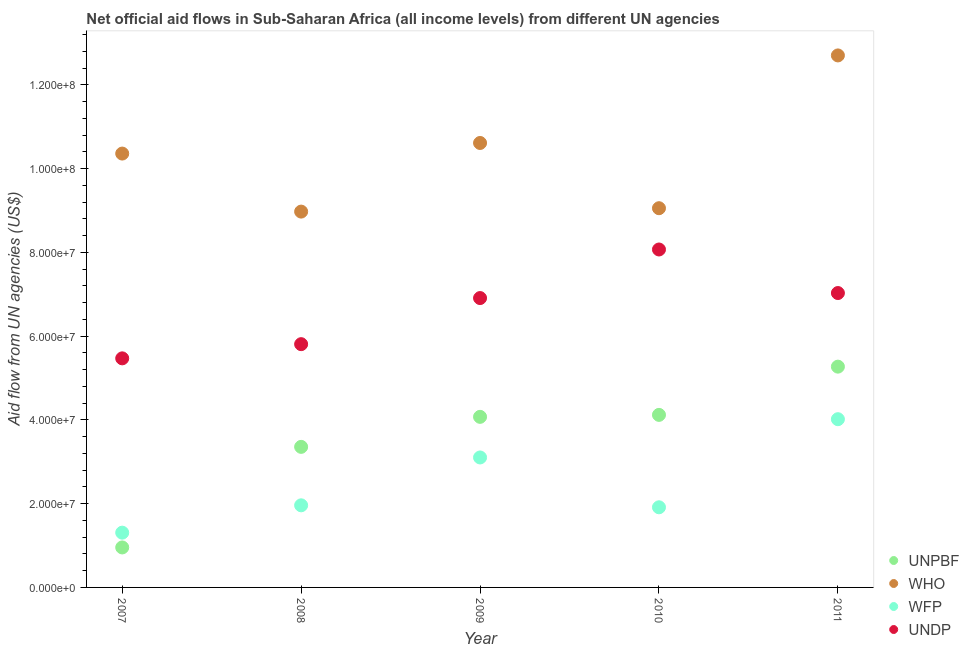
| Year | UNPBF | WHO | WFP | UNDP |
 | --- | --- | --- | --- | --- |
 | 2007 | 9.55e+06 | 1.04e+08 | 1.31e+07 | 5.47e+07 |
 | 2008 | 3.36e+07 | 8.98e+07 | 1.96e+07 | 5.81e+07 |
 | 2009 | 4.07e+07 | 1.06e+08 | 3.1e+07 | 6.91e+07 |
 | 2010 | 4.12e+07 | 9.06e+07 | 1.91e+07 | 8.07e+07 |
 | 2011 | 5.27e+07 | 1.27e+08 | 4.02e+07 | 7.03e+07 |